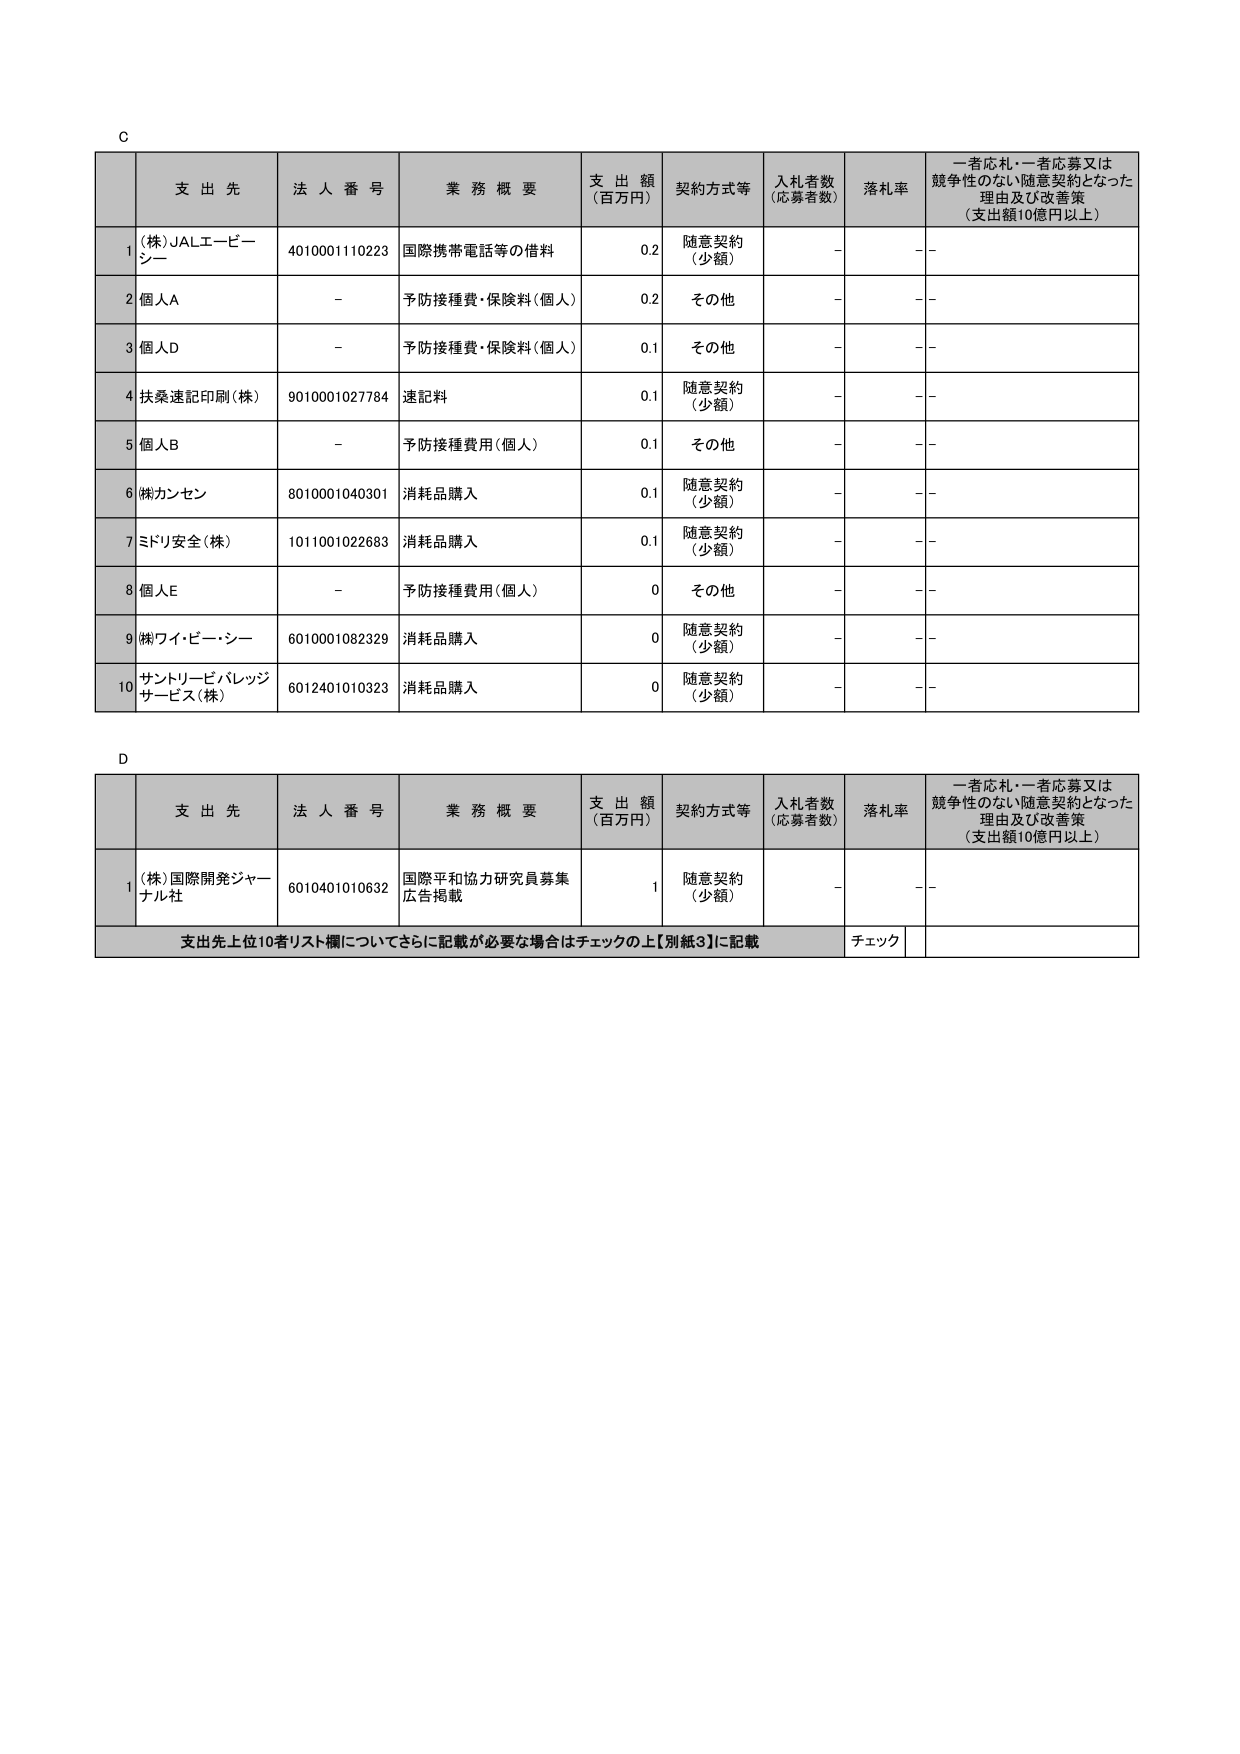
C

支出先 法人番号 業務概要 支出額 （百万円） 契約方式等 入札者数 （応募者数） 落札率 一者応札・一者応募又は競争性のない随意契約となった理由及び改善策 （支出額10億円以上）

1 (株)JALエービーシー 4010001110223 国際携帯電話等の借料 0.2 随意契約 （少額） - - -

2 個人A - 予防接種費・保険料（個人） 0.2 その他 - - -

3 個人D - 予防接種費・保険料（個人） 0.1 その他 - - -

4 扶桑速記印刷（株） 9010001027784 速記料 0.1 随意契約 （少額） - - -

5 個人B - 予防接種費用（個人） 0.1 その他 - - -

6 ㈱カンセン 8010001040301 消耗品購入 0.1 随意契約 （少額） - - -

7 ミドリ安全（株） 1011001022683 消耗品購入 0.1 随意契約 （少額） - - -

8 個人E - 予防接種費用（個人） 0 その他 - - -

9 ㈱ワイ・ビー・シー 6010001082329 消耗品購入 0 随意契約 （少額） - - -

10 サントリービバレッジサービス（株） 6012401010323 消耗品購入 0 随意契約 （少額） - - -

D

支出先 法人番号 業務概要 支出額 （百万円） 契約方式等 入札者数 （応募者数） 落札率 一者応札・一者応募又は競争性のない随意契約となった理由及び改善策 （支出額10億円以上）

1 (株)国際開発ジャーナル社 6010401010632 国際平和協力研究員募集 広告掲載 1 随意契約 （少額） - - -

支出先上位10者リスト欄についてさらに記載が必要な場合はチェックの上【別紙3】に記載 チェック